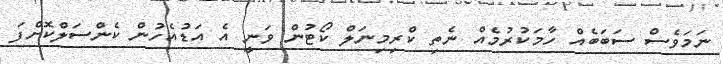
ނަމަވެސް ސަބަބެއް ހާމަކުރުމެއް ނެތި ކްރިމިނަލް ކޯޓުން ވަނީ އެ އަޑުއެހުން ކެންސަލްކޮށްފަ